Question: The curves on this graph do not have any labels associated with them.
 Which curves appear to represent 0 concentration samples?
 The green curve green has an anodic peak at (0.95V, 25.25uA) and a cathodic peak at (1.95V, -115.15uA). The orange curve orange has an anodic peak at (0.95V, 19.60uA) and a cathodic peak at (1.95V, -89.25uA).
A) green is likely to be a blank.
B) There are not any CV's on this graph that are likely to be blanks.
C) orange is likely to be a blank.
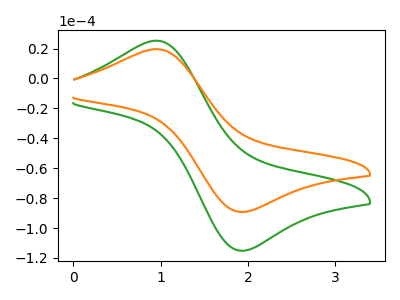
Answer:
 <answer>B) There are not any CV's on this graph that are likely to be blanks.</answer>
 <eval>B</eval>